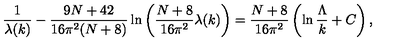
\frac { 1 } { \lambda ( k ) } - \frac { 9 N + 4 2 } { 1 6 \pi ^ { 2 } ( N + 8 ) } \ln \left( \frac { N + 8 } { 1 6 \pi ^ { 2 } } \lambda ( k ) \right) = \frac { N + 8 } { 1 6 \pi ^ { 2 } } \left( \ln \frac { \Lambda } { k } + C \right) ,